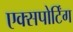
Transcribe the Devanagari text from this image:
एक्सपोर्टिंग